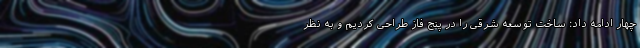
چهار ادامه داد: ساخت توسعه شرقی را در پنج فاز طراحی کردیم و به نظر